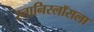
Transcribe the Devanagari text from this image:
स्तानिस्लॉसला